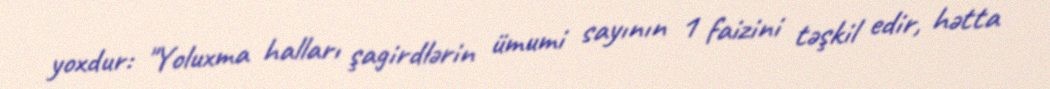
yoxdur: "Yoluxma halları şagirdlərin ümumi sayının 1 faizini təşkil edir, hətta